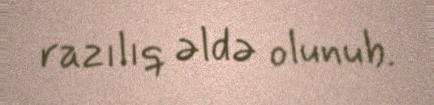
razılıq əldə olunub.